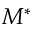
M ^ { * }